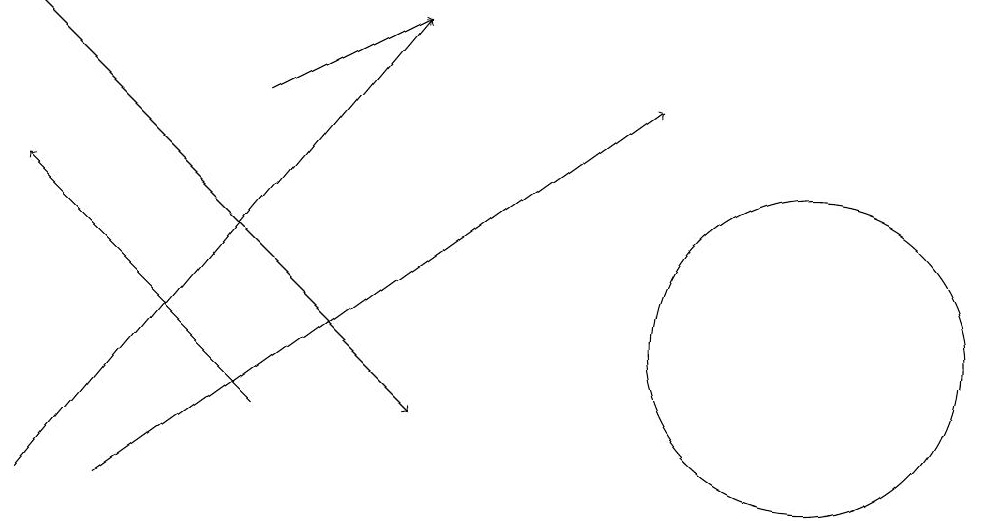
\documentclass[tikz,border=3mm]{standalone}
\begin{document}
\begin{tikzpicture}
\draw[->] (3,15) -- (5,16);
\draw[->] (0,10) -- (5,16);
\draw[->] (3,11) -- (0,14);
\draw (10,12) circle (2);
\draw[->] (0,16) -- (5,11);
\draw[->] (1,10) -- (8,15);
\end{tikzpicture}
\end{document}